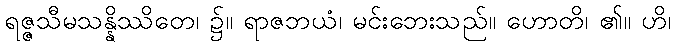
ရဇ္ဇသီမသန္နိဿိတေ၊ ၌။ ရာဇဘယံ၊ မင်းဘေးသည်။ ဟောတိ၊ ၏။ ဟိ၊